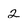
Character: 2